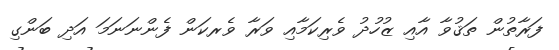
ފަރާތުން ތަޤުވާ އާއި ޒުހުދު ވެރިކަމާއި ވަރާ ވެރކަން ފެންނަނަމަ އަދި ބަންގި